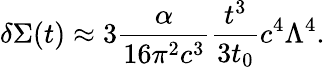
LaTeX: \delta\Sigma(t)\approx{3}\frac{\alpha}{{16}\pi^{2}c^{3}}\frac{t^{3}}{3t_{0}}c^{4}\Lambda^{4}.